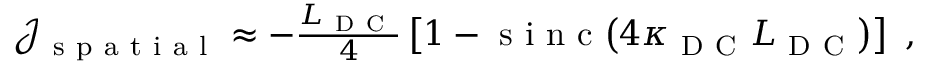
\begin{array} { r } { \mathcal { J } _ { \mathrm { ~ s ~ p ~ a ~ t ~ i ~ a ~ l ~ } } \approx - \frac { L _ { \mathrm { ~ D ~ C ~ } } } { 4 } \left[ 1 - \mathrm { ~ s ~ i ~ n ~ c ~ } \! \left( 4 \kappa _ { \mathrm { ~ D ~ C ~ } } L _ { \mathrm { ~ D ~ C ~ } } \right) \right] \ , } \end{array}